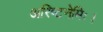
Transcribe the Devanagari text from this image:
अरिष्टनेमिः।